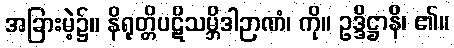
အခြားမဲ့၌။ နိရုတ္တိပဋိသမ္ဘိဒါဉာဏံ၊ ကို။ ဥဒ္ဒိဋ္ဌာနိ၊ ၏။